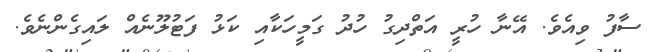
ސާފު ވިއެވެ. އޭނާ ހުރީ އަތްދިގު ހުދު ގަމީހަކާއި ކަޅު ފަޓުލޫނެއް ލައިގެންނެވެ.